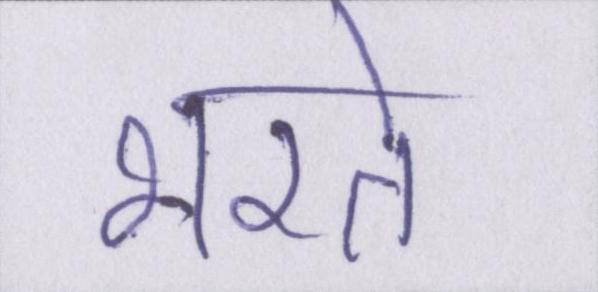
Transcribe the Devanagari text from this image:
भरते